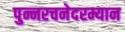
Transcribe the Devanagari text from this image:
पुन्नरचनेदरम्यान